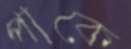
পাকে